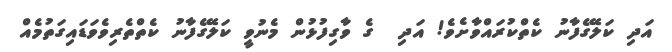
އަދި ކަލޭގެފާނު ކެތްކުރައްވާށެވެ! އަދި  ގެ ވާގިފުޅުން މެނުވީ ކަލޭގެފާނު ކެތްތެރިވެވަޑައިގަތުމެއް